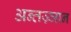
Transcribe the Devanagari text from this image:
अन्तज्र्ञान